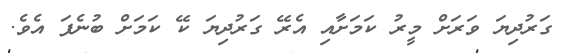
ގަރުދިޔަ ވަރަށް މީރު ކަމަށާއި އެރޭ ގަރުދިޔަ ކޭ ކަމަށް ބުނެފަ އެވެ.